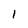
Character: 1